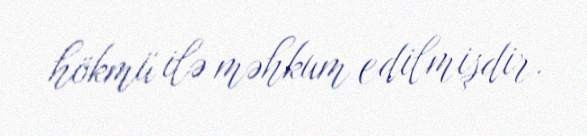
hökmü ilə məhkum edilmişdir.